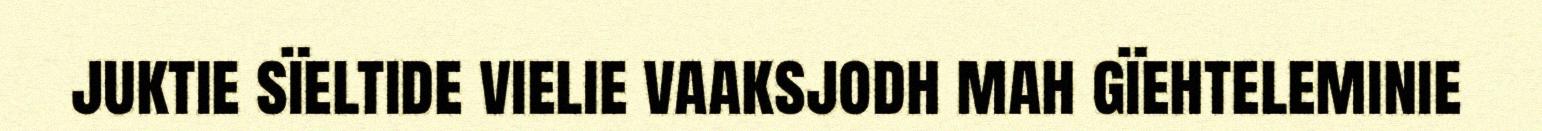
juktie sïeltide vielie vaaksjodh mah gïehteleminie